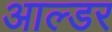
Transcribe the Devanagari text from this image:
आल्डर